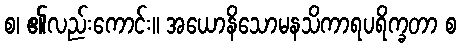
စ၊ ၏လည်းကောင်း။ အယောနိသောမနသိကာရပရိက္ခတာ စ